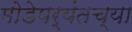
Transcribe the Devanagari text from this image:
मोडेपर्यंतच्या